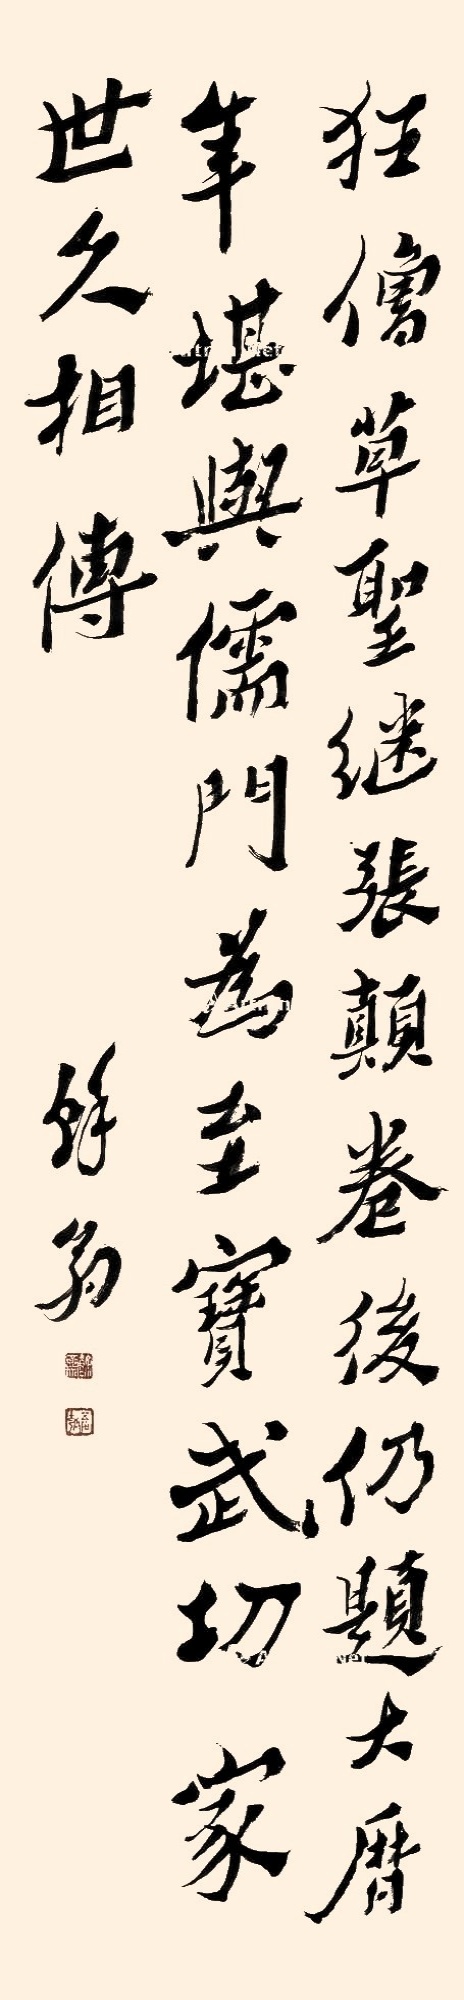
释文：狂僧草圣继张颠，卷后仍题大历年。堪与儒门为至实，武功家世久相传。余翁。